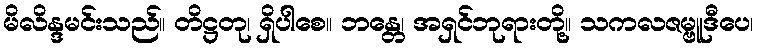
မိလိန္ဒမင်းသည်။ တိဋ္ဌတု၊ ရှိပါစေ။ ဘန္တေ၊ အရှင်ဘုရားတို့။ သကလဇမ္ဗူဒီပေ၊